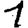
Digit: 1